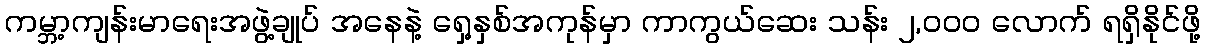
ကမ္ဘာ့ကျန်းမာရေးအဖွဲ့ချုပ် အနေနဲ့ ရှေ့နှစ်အကုန်မှာ ကာကွယ်ဆေး သန်း ၂,၀၀၀ လောက် ရရှိနိုင်ဖို့